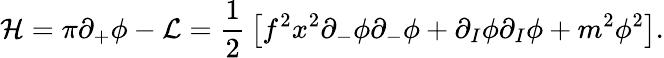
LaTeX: {\cal{H}}=\pi\partial_{+}\phi-{\cal{L}}={\frac{1}{2}}\left[f^{2}x^{2}\partial_{-}\phi\partial_{-}\phi+\partial_{I}\phi\partial_{I}\phi+m^{2}\phi^{2}\right].